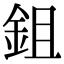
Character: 鉏